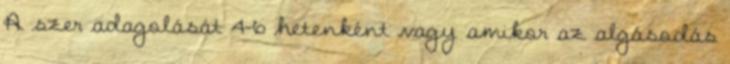
A szer adagolását 4-6 hetenként vagy amikor az algásodás